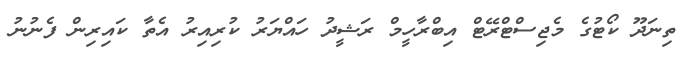
ތިނަދޫ ކޯޓުގެ މެޖިސްޓްރޭޓް އިބްރާހީމް ރަޝީދު ހައްޔަރު ކުރިއިރު އެތާ ކައިރިން ފެނުނު